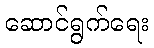
ဆောင်ရွက်ရေး